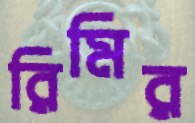
রিমির